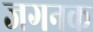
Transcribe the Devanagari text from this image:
जगनक